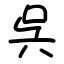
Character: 呉